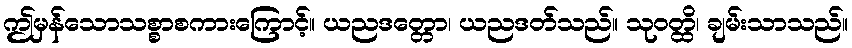
ဤမှန်သောသစ္စာစကားကြောင့်။ ယညဒတ္တော၊ ယညဒတ်သည်။ သုဝတ္ထိ၊ ချမ်းသာသည်။